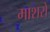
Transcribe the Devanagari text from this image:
माशरों